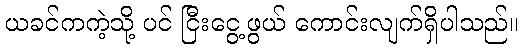
ယခင်ကကဲ့သို့ ပင် ငြီးငွေ့ဖွယ် ကောင်းလျက်ရှိပါသည်။